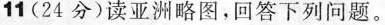
11(24分)读亚洲略图，回答下列问题。